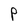
Character: p